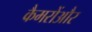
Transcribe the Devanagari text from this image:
कैमरोंऔर